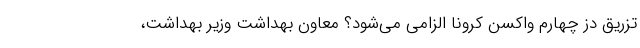
تزریق دز چهارم واکسن کرونا الزامی می‌شود؟ معاون بهداشت وزیر بهداشت،